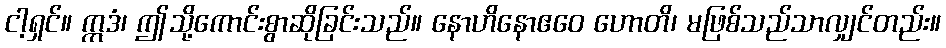
ငါ့ရှင်။ ဣဒံ၊ ဤသို့ကောင်းစွာဆိုခြင်းသည်။ နောဟိနောဧဝေ ဟောတိ၊ မဖြစ်သည်သာလျှင်တည်း။